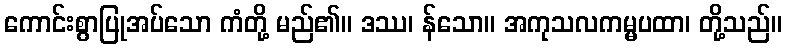
ကောင်းစွာပြုအပ်သော ကံတို့ မည်၏။ ဒဿ၊ န်သော။ အကုသလကမ္မပထာ၊ တို့သည်။